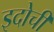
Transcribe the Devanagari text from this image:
इदोची